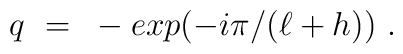
q ~=~ - exp(- i \pi /(\ell +h ) ) \ .